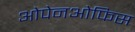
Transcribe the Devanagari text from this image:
ओपेनओफिस